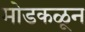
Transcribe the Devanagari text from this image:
मोडकळून